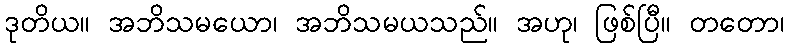
ဒုတိယ။ အဘိသမယော၊ အဘိသမယသည်။ အဟု၊ ဖြစ်ပြီ။ တတော၊